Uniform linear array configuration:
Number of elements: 16
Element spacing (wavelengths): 0.5
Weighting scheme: cosine
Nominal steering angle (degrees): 30
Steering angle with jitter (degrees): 30.781
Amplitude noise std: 0.05
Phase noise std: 0.05

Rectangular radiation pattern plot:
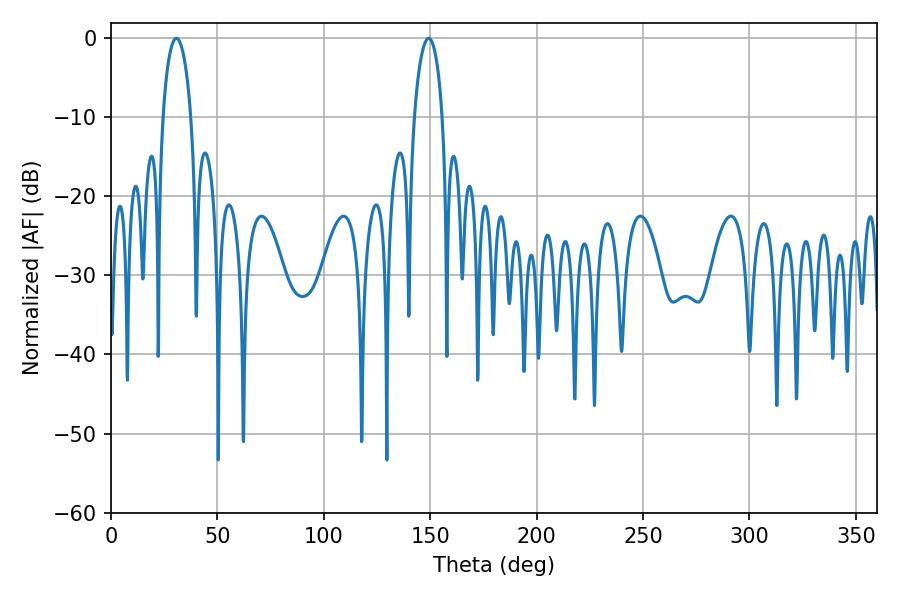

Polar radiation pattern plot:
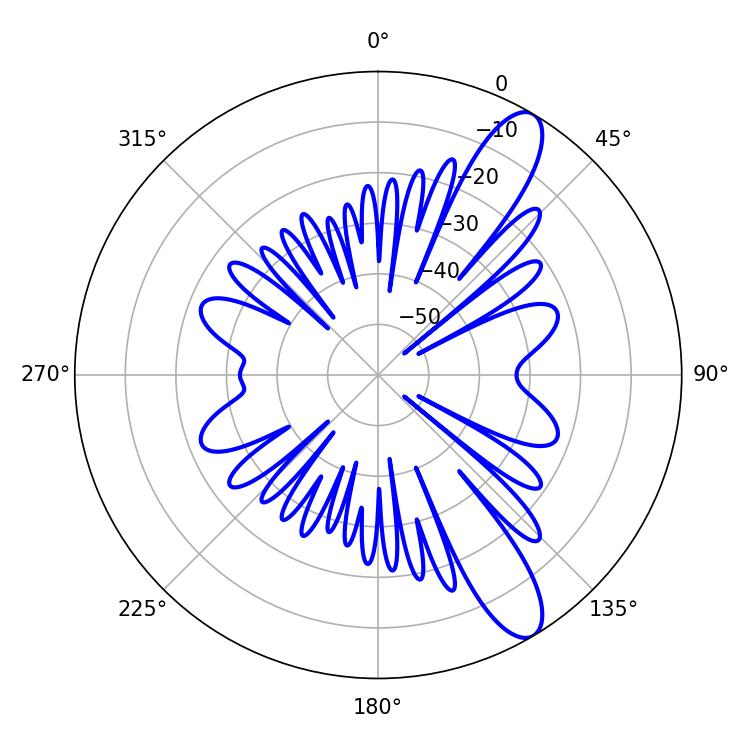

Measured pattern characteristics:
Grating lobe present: FALSE
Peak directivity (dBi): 11.333
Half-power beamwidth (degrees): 7.56
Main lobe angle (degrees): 30.78